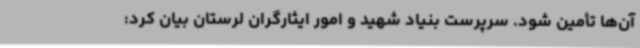
آن‌ها تأمین شود. سرپرست بنیاد شهید و امور ایثارگران لرستان بیان کرد: